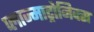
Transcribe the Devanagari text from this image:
प्लाज्माट्रोनिक्स